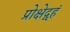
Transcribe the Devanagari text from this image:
प्रोक्षेद्गृहं